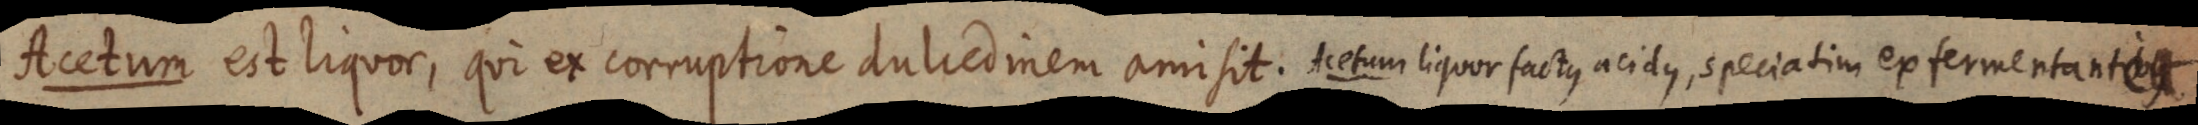
Acetum est liquor, qui ex corruptione duliedinem amisit. Acetum liquor factus acidus, speciatim ex fermentantea